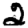
Digit: 2